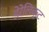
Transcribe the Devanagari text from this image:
डेरेलिक्ट